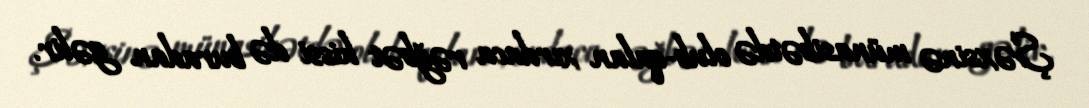
Şəxsinə münasibətdə olub-qalan xırdaca rəğbət hissi də buradan gəlir.